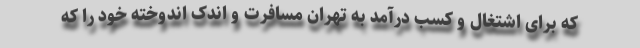
که برای اشتغال و کسب درآمد به تهران مسافرت و اندک اندوخته خود را که